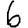
Digit: 6